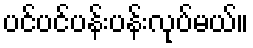
ပင်ပင်ပန်းပန်းလုပ်မယ်။